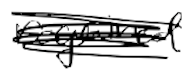
Text: required
Cross-out: scratch
Writing tool: digital_black